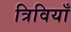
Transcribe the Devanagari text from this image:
त्रिवियाँ